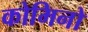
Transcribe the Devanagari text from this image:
कोमिनो